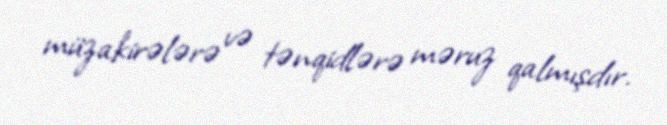
müzakirələrə və tənqidlərə məruz qalmışdır.